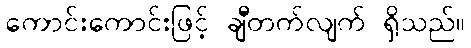
ကောင်းကောင်းဖြင့် ချီတက်လျက် ရှိသည်။